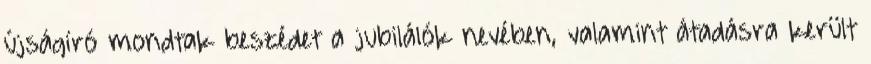
újságíró mondtak beszédet a jubilálók nevében, valamint átadásra került